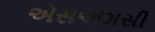
એસએમસી